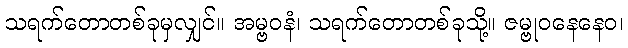
သရက်တောတစ်ခုမှလျှင်။ အမ္ဗဝနံ၊ သရက်တောတစ်ခုသို့။ ဇမ္ဗုဝနေနေဝ၊